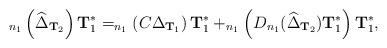
LaTeX: \begin{align*}_{n_1}\left(\widehat\Delta_{{\bf T}_2}\right){\bf T}_1^*=_{n_1}\left(C\Delta_{{\bf T}_1}\right){\bf T}_1^*+_{n_1}\left(D_{n_1}(\widehat\Delta_{{\bf T}_2}) {\bf T}_1^*\right){\bf T}_1^*,\end{align*}